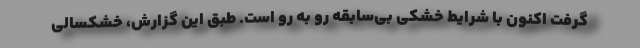
گرفت اکنون با شرایط خشکی بی‌سابقه رو به رو است. طبق این گزارش، خشکسالی